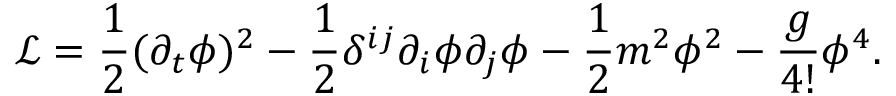
{ \mathcal { L } } = { \frac { 1 } { 2 } } ( \partial _ { t } \phi ) ^ { 2 } - { \frac { 1 } { 2 } } \delta ^ { i j } \partial _ { i } \phi \partial _ { j } \phi - { \frac { 1 } { 2 } } m ^ { 2 } \phi ^ { 2 } - { \frac { g } { 4 ! } } \phi ^ { 4 } .